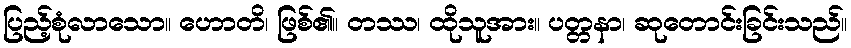
ပြည့်စုံလာသော။ ဟောတိ၊ ဖြစ်၏။ တဿ၊ ထိုသူအား။ ပတ္တနာ၊ ဆုတောင်းခြင်းသည်။